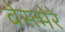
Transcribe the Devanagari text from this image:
वेस्त्मेरे